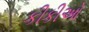
કીકીઓ